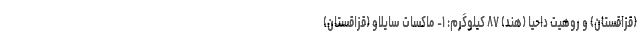
(قزاقستان) و روهیت داحیا (هند) ۸۷ کیلوگرم: ۱- ماکسات سایلاو (قزاقستان)